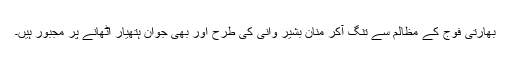
بھارتی فوج کے مظالم سے تنگ آکر منان بشیر وانی کی طرح اور بھی جوان ہتھیار اٹھانے پر مجبور ہیں۔